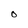
Character: O